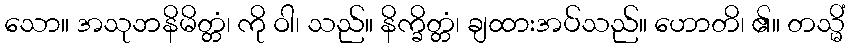
သော။ အသုဘနိမိတ္တံ၊ ကို ဝါ၊ သည်။ နိက္ခိတ္တံ၊ ချထားအပ်သည်။ ဟောတိ၊ ၏။ တသ္မိံ